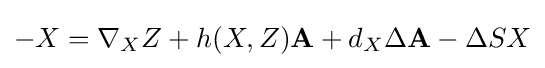
-X=\nabla _{X}Z+h(X,Z)\mathbf {A} +d_{X}\Delta \mathbf {A} -\Delta SX